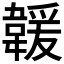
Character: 𩏅